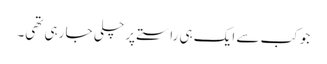
جو کب سے ایک ہی راستے پر چلی جا رہی تھی۔